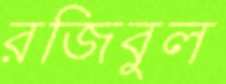
রজিবুল